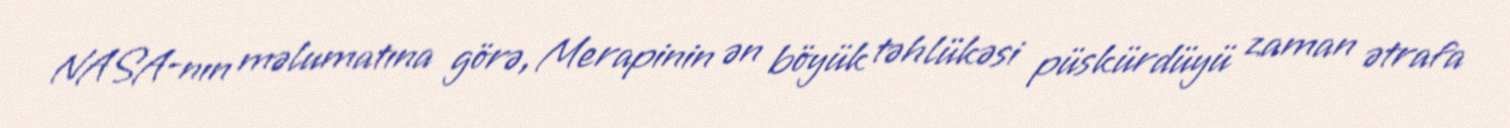
NASA-nın məlumatına görə, Merapinin ən böyük təhlükəsi püskürdüyü zaman ətrafa